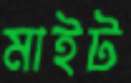
মাইট